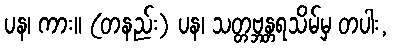
ပန၊ ကား။ (တနည်း) ပန၊ သတ္တဗ္ဘန္တရသိမ်မှ တပါး,